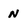
Character: N